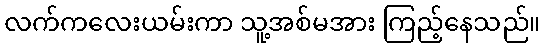
လက်ကလေးယမ်းကာ သူ့အစ်မအား ကြည့်နေသည်။